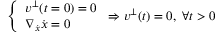
\left\{ \begin{array} { l l } { v ^ { \perp } ( t = 0 ) = 0 } \\ { \nabla _ { \Dot { \boldsymbol x } } \Dot { \boldsymbol { x } } = 0 } \end{array} \right. \Rightarrow v ^ { \perp } ( t ) = 0 , \ \forall t > 0